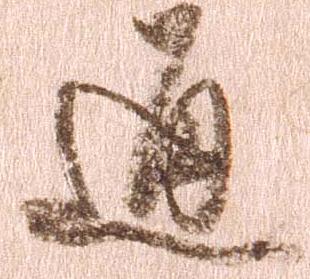
通